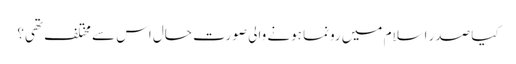
کیا صدر اسلام میں رونما ہونے والی صورت حال اس سے مختلف تھی؟